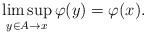
LaTeX: \begin{align*} \limsup_{y \in A\to x} \varphi(y)= \varphi(x).\end{align*}